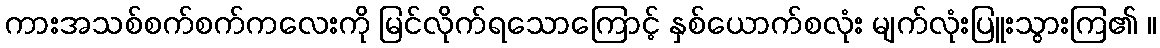
ကားအသစ်စက်စက်ကလေးကို မြင်လိုက်ရသောကြောင့် နှစ်ယောက်စလုံး မျက်လုံးပြူးသွားကြ၏ ။